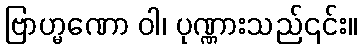
ဗြာဟ္မဏော ဝါ၊ ပုဏ္ဏားသည်၎င်း။